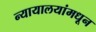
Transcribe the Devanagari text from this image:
न्यायालयांमधून